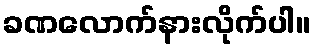
ခဏလောက်နားလိုက်ပါ။